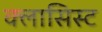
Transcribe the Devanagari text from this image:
क्लासिस्ट